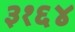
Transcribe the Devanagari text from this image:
३१६४